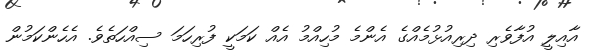
އާއިލީ އުފާވެރި ދިރިއުޅުމެއްގެ އެންމެ މުހިއްމު އެއް ކަމަކީ ފުރިހަމަ ސިއްހަތެވެ. އެހެންކަމުން